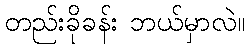
တည်းခိုခန်း ဘယ်မှာလဲ။